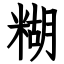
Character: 糊